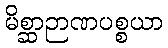
မိစ္ဆာဉာဏပစ္စယာ